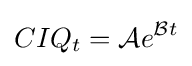
CIQ_{t}={\mathcal {A}}e^{{\mathcal {B}}t}